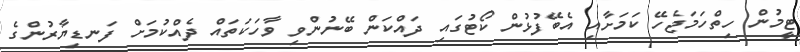
ޓީމުން ހިތްހަމަޖެހޭ ކަަމަށާއި އެބޭފުޅުން ކޯޓުގައި ދައްކަން ބޭނުންވި ވާހަކަތައް ދެއްކުމަށް ފަނޑިޔާރުންގެ